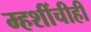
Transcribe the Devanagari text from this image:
म्हशींचीही